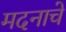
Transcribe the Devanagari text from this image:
मदनाचे